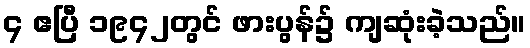
၄ ဧပြီ ၁၉၄၂တွင် ဖားပွန်၌ ကျဆုံးခဲ့သည်။